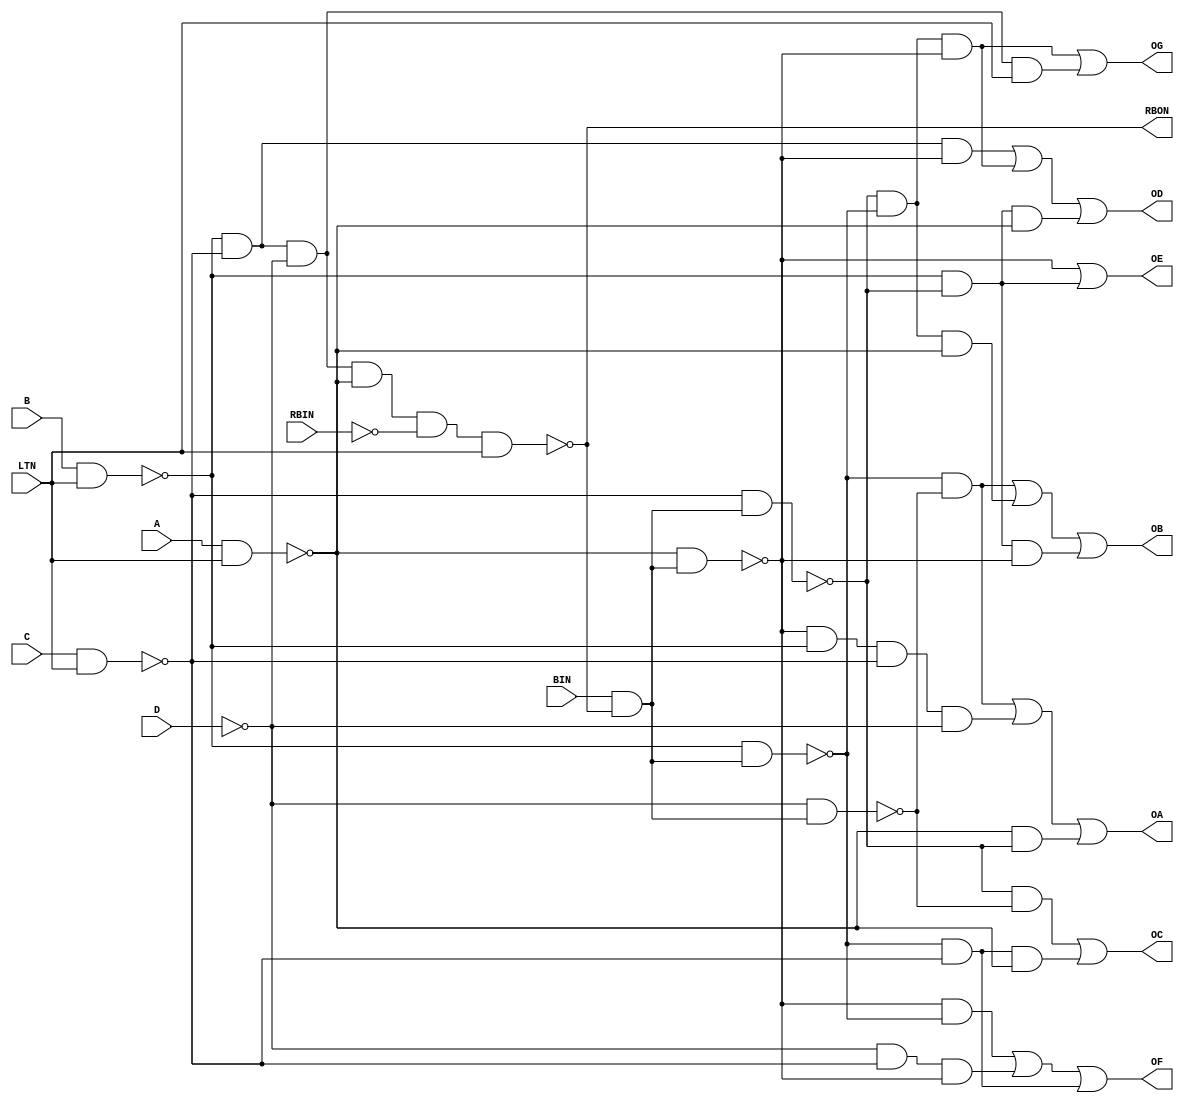
// Copyright (C) 1991-2011 Altera Corporation
// Your use of Altera Corporation's design tools, logic functions 
// and other software and tools, and its AMPP partner logic 
// functions, and any output files from any of the foregoing 
// (including device programming or simulation files), and any 
// associated documentation or information are expressly subject 
// to the terms and conditions of the Altera Program License 
// Subscription Agreement, Altera MegaCore Function License 
// Agreement, or other applicable license agreement, including, 
// without limitation, that your use is for the sole purpose of 
// programming logic devices manufactured by Altera and sold by 
// Altera or its authorized distributors.  Please refer to the 
// applicable agreement for further details.

// PROGRAM		"Quartus II 64-Bit"
// VERSION		"Version 11.0 Build 157 04/27/2011 SJ Full Version"
// CREATED		"Sun May 22 16:53:26 2022"

module my7447 (
	A,
	B,
	C,
	D,
	BIN,
	LTN,
	RBIN,
	OG,
	OF,
	OE,
	RBON,
	OD,
	OC,
	OB,
	OA
);


input wire	A;
input wire	B;
input wire	C;
input wire	D;
input wire	BIN;
input wire	LTN;
input wire	RBIN;
output wire	OG;
output wire	OF;
output wire	OE;
output wire	RBON;
output wire	OD;
output wire	OC;
output wire	OB;
output wire	OA;

wire	SYNTHESIZED_WIRE_77;
wire	SYNTHESIZED_WIRE_78;
wire	SYNTHESIZED_WIRE_79;
wire	SYNTHESIZED_WIRE_80;
wire	SYNTHESIZED_WIRE_81;
wire	SYNTHESIZED_WIRE_82;
wire	SYNTHESIZED_WIRE_83;
wire	SYNTHESIZED_WIRE_7;
wire	SYNTHESIZED_WIRE_84;
wire	SYNTHESIZED_WIRE_85;
wire	SYNTHESIZED_WIRE_36;
wire	SYNTHESIZED_WIRE_59;
wire	SYNTHESIZED_WIRE_60;
wire	SYNTHESIZED_WIRE_61;
wire	SYNTHESIZED_WIRE_62;
wire	SYNTHESIZED_WIRE_63;
wire	SYNTHESIZED_WIRE_64;
wire	SYNTHESIZED_WIRE_65;
wire	SYNTHESIZED_WIRE_66;
wire	SYNTHESIZED_WIRE_67;
wire	SYNTHESIZED_WIRE_68;
wire	SYNTHESIZED_WIRE_69;
wire	SYNTHESIZED_WIRE_71;
wire	SYNTHESIZED_WIRE_72;
wire	SYNTHESIZED_WIRE_73;
wire	SYNTHESIZED_WIRE_74;
wire	SYNTHESIZED_WIRE_75;
wire	SYNTHESIZED_WIRE_76;

assign	RBON = SYNTHESIZED_WIRE_36;



assign	SYNTHESIZED_WIRE_75 = SYNTHESIZED_WIRE_77 & SYNTHESIZED_WIRE_78 & SYNTHESIZED_WIRE_79;

assign	SYNTHESIZED_WIRE_36 = ~(SYNTHESIZED_WIRE_80 & SYNTHESIZED_WIRE_81 & SYNTHESIZED_WIRE_82 & SYNTHESIZED_WIRE_83 & SYNTHESIZED_WIRE_7 & LTN);

assign	SYNTHESIZED_WIRE_82 =  ~D;

assign	SYNTHESIZED_WIRE_7 =  ~RBIN;

assign	SYNTHESIZED_WIRE_73 = SYNTHESIZED_WIRE_82 & SYNTHESIZED_WIRE_81 & SYNTHESIZED_WIRE_79;

assign	SYNTHESIZED_WIRE_85 = ~(SYNTHESIZED_WIRE_82 & SYNTHESIZED_WIRE_84);

assign	SYNTHESIZED_WIRE_77 = ~(SYNTHESIZED_WIRE_81 & SYNTHESIZED_WIRE_84);

assign	SYNTHESIZED_WIRE_81 = ~(C & LTN);

assign	SYNTHESIZED_WIRE_78 = ~(SYNTHESIZED_WIRE_80 & SYNTHESIZED_WIRE_84);

assign	SYNTHESIZED_WIRE_80 = ~(B & LTN);

assign	SYNTHESIZED_WIRE_79 = ~(SYNTHESIZED_WIRE_83 & SYNTHESIZED_WIRE_84);

assign	SYNTHESIZED_WIRE_83 = ~(A & LTN);

assign	SYNTHESIZED_WIRE_68 = SYNTHESIZED_WIRE_77 & SYNTHESIZED_WIRE_78 & SYNTHESIZED_WIRE_79;

assign	SYNTHESIZED_WIRE_74 = SYNTHESIZED_WIRE_78 & SYNTHESIZED_WIRE_81;

assign	SYNTHESIZED_WIRE_72 = SYNTHESIZED_WIRE_79 & SYNTHESIZED_WIRE_78;

assign	SYNTHESIZED_WIRE_71 = SYNTHESIZED_WIRE_80 & SYNTHESIZED_WIRE_77;

assign	SYNTHESIZED_WIRE_65 = SYNTHESIZED_WIRE_77 & SYNTHESIZED_WIRE_85;

assign	SYNTHESIZED_WIRE_62 = SYNTHESIZED_WIRE_78 & SYNTHESIZED_WIRE_85;

assign	SYNTHESIZED_WIRE_61 = SYNTHESIZED_WIRE_83 & SYNTHESIZED_WIRE_77;

assign	SYNTHESIZED_WIRE_59 = SYNTHESIZED_WIRE_78 & SYNTHESIZED_WIRE_85;

assign	SYNTHESIZED_WIRE_84 = BIN & SYNTHESIZED_WIRE_36;

assign	SYNTHESIZED_WIRE_76 = SYNTHESIZED_WIRE_80 & SYNTHESIZED_WIRE_81 & SYNTHESIZED_WIRE_82 & LTN;

assign	SYNTHESIZED_WIRE_60 = SYNTHESIZED_WIRE_79 & SYNTHESIZED_WIRE_80 & SYNTHESIZED_WIRE_81 & SYNTHESIZED_WIRE_82;

assign	SYNTHESIZED_WIRE_69 = SYNTHESIZED_WIRE_77 & SYNTHESIZED_WIRE_80 & SYNTHESIZED_WIRE_83;

assign	SYNTHESIZED_WIRE_67 = SYNTHESIZED_WIRE_81 & SYNTHESIZED_WIRE_80 & SYNTHESIZED_WIRE_79;

assign	SYNTHESIZED_WIRE_66 = SYNTHESIZED_WIRE_81 & SYNTHESIZED_WIRE_78 & SYNTHESIZED_WIRE_83;

assign	SYNTHESIZED_WIRE_63 = SYNTHESIZED_WIRE_77 & SYNTHESIZED_WIRE_78 & SYNTHESIZED_WIRE_83;

assign	SYNTHESIZED_WIRE_64 = SYNTHESIZED_WIRE_77 & SYNTHESIZED_WIRE_80 & SYNTHESIZED_WIRE_79;

assign	OA = SYNTHESIZED_WIRE_59 | SYNTHESIZED_WIRE_60 | SYNTHESIZED_WIRE_61;

assign	OB = SYNTHESIZED_WIRE_62 | SYNTHESIZED_WIRE_63 | SYNTHESIZED_WIRE_64;

assign	OC = SYNTHESIZED_WIRE_65 | SYNTHESIZED_WIRE_66;

assign	OD = SYNTHESIZED_WIRE_67 | SYNTHESIZED_WIRE_68 | SYNTHESIZED_WIRE_69;

assign	OE = SYNTHESIZED_WIRE_79 | SYNTHESIZED_WIRE_71;

assign	OF = SYNTHESIZED_WIRE_72 | SYNTHESIZED_WIRE_73 | SYNTHESIZED_WIRE_74;

assign	OG = SYNTHESIZED_WIRE_75 | SYNTHESIZED_WIRE_76;


endmodule